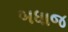
બધાજ